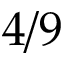
4 / 9